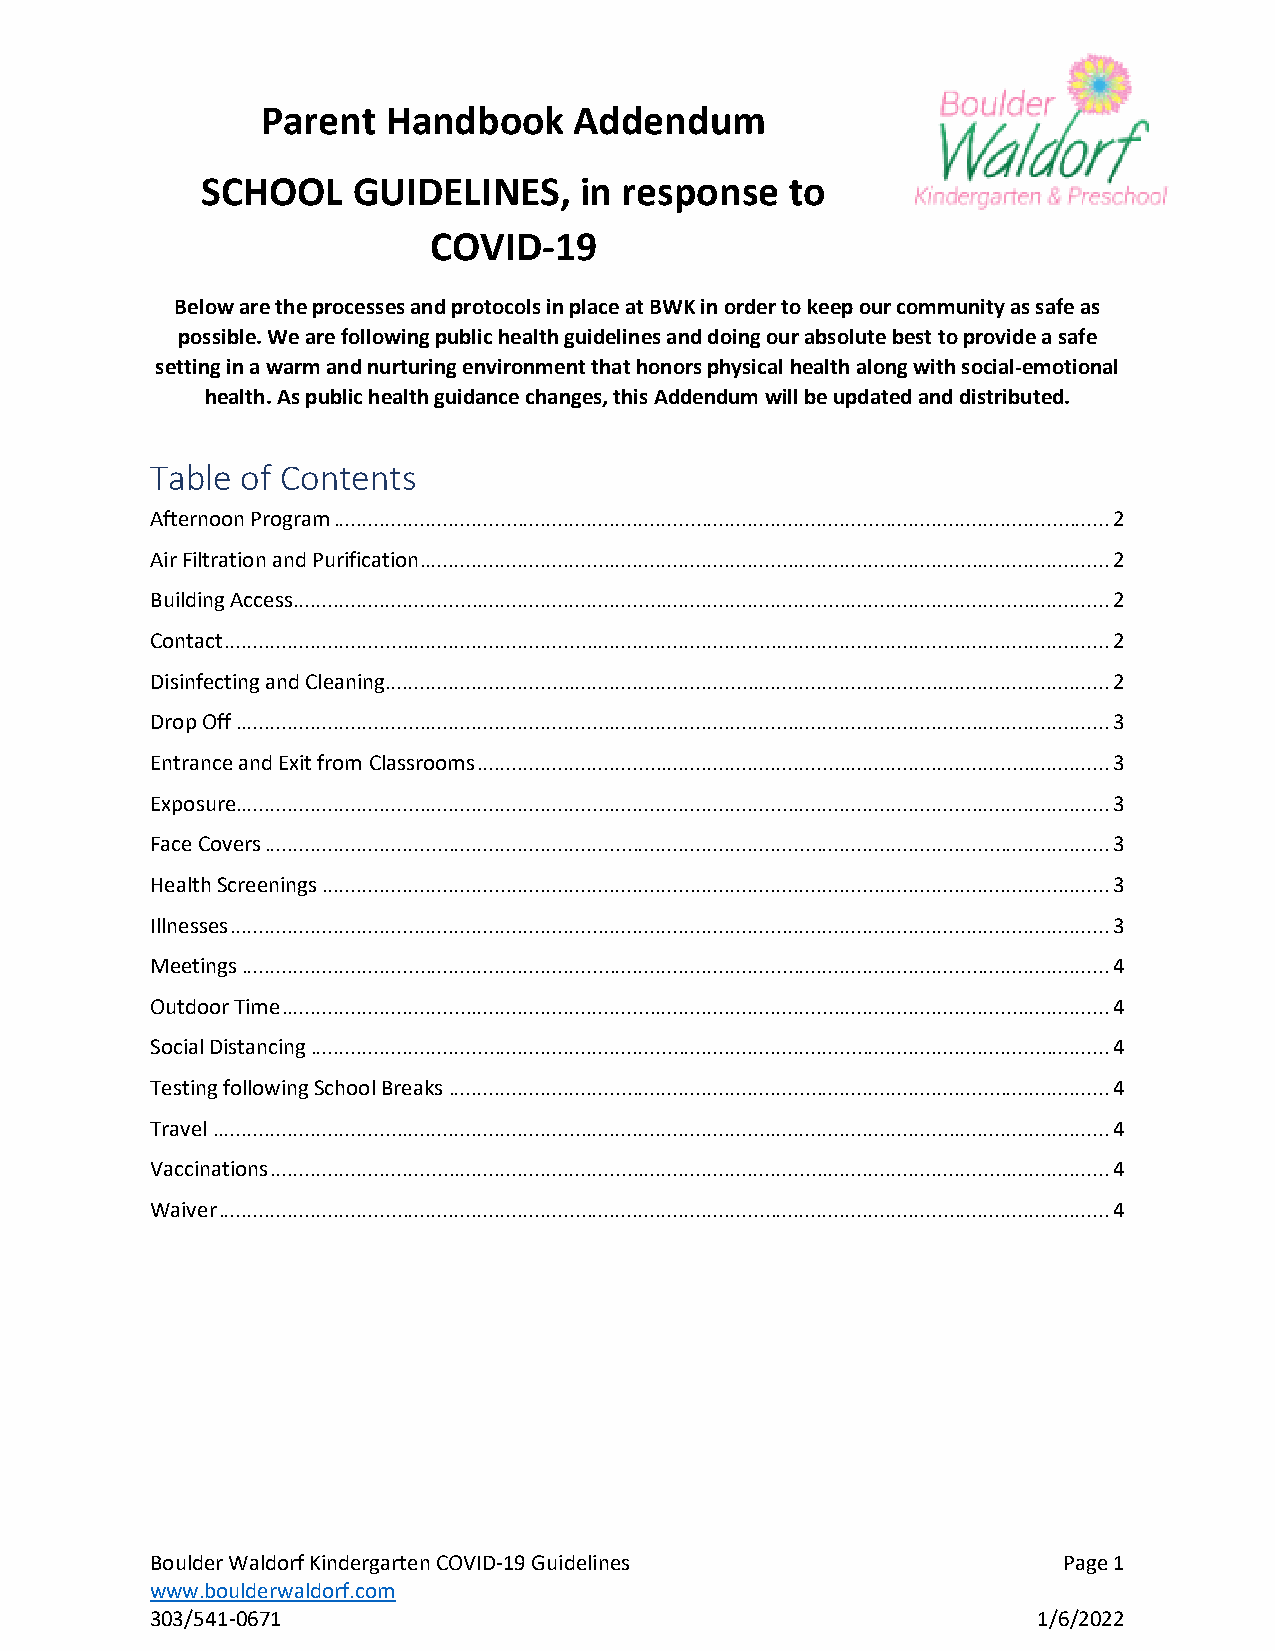
Parent   Handbook    Addendum
 SCHOOL    GUIDELINES,    in response   to
 COVID-19
 Below are the processes and protocols in place at BWK in order to keep our community as safe as
 possible. We are following public health guidelines and doing our absolute best to provide a safe
 setting in a warm and nurturing environment that honors physical health along with social-emotional
 health. As public health guidance changes, this Addendum will be updated and distributed.
 Table of Contents
 Afternoon Program ....................................................................................................................................... 2
 Air Filtration and Purification ........................................................................................................................ 2
 Building Access .............................................................................................................................................. 2
 Contact .......................................................................................................................................................... 2
 Disinfecting and Cleaning .............................................................................................................................. 2
 Drop Off ........................................................................................................................................................ 3
 Entrance and Exit from Classrooms .............................................................................................................. 3
 Exposure........................................................................................................................................................ 3
 Face Covers ................................................................................................................................................... 3
 Health Screenings ......................................................................................................................................... 3
 Illnesses ......................................................................................................................................................... 3
 Meetings ....................................................................................................................................................... 4
 Outdoor Time ................................................................................................................................................ 4
 Social Distancing ........................................................................................................................................... 4
 Testing following School Breaks ................................................................................................................... 4
 Travel ............................................................................................................................................................ 4
 Vaccinations .................................................................................................................................................. 4
 Waiver ........................................................................................................................................................... 4
 Boulder Waldorf Kindergarten COVID-19 Guidelines            Page 1
 www.boulderwaldorf.com
 303/541-0671                                               1/6/2022